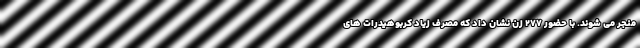
منجر می شوند. با حضور 277 زن نشان داد که مصرف زیاد کربوهیدرات های